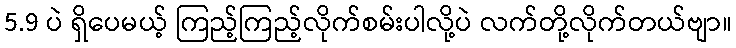
5.9 ပဲ ရှိပေမယ့် ကြည့်ကြည့်လိုက်စမ်းပါလို့ပဲ လက်တို့လိုက်တယ်ဗျာ။